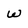
Character: w